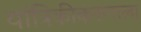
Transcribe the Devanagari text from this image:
यांत्रिकीकरणाला